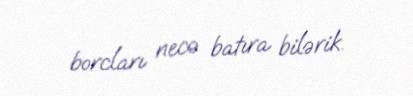
borcları necə batıra bilərik.